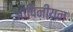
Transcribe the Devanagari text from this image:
ओपिनीयन